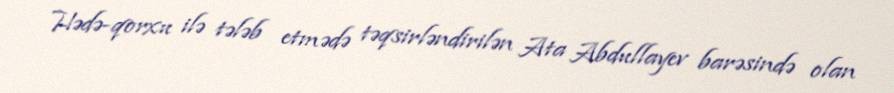
Hədə-qorxu ilə tələb etmədə təqsirləndirilən Ata Abdullayev barəsində olan